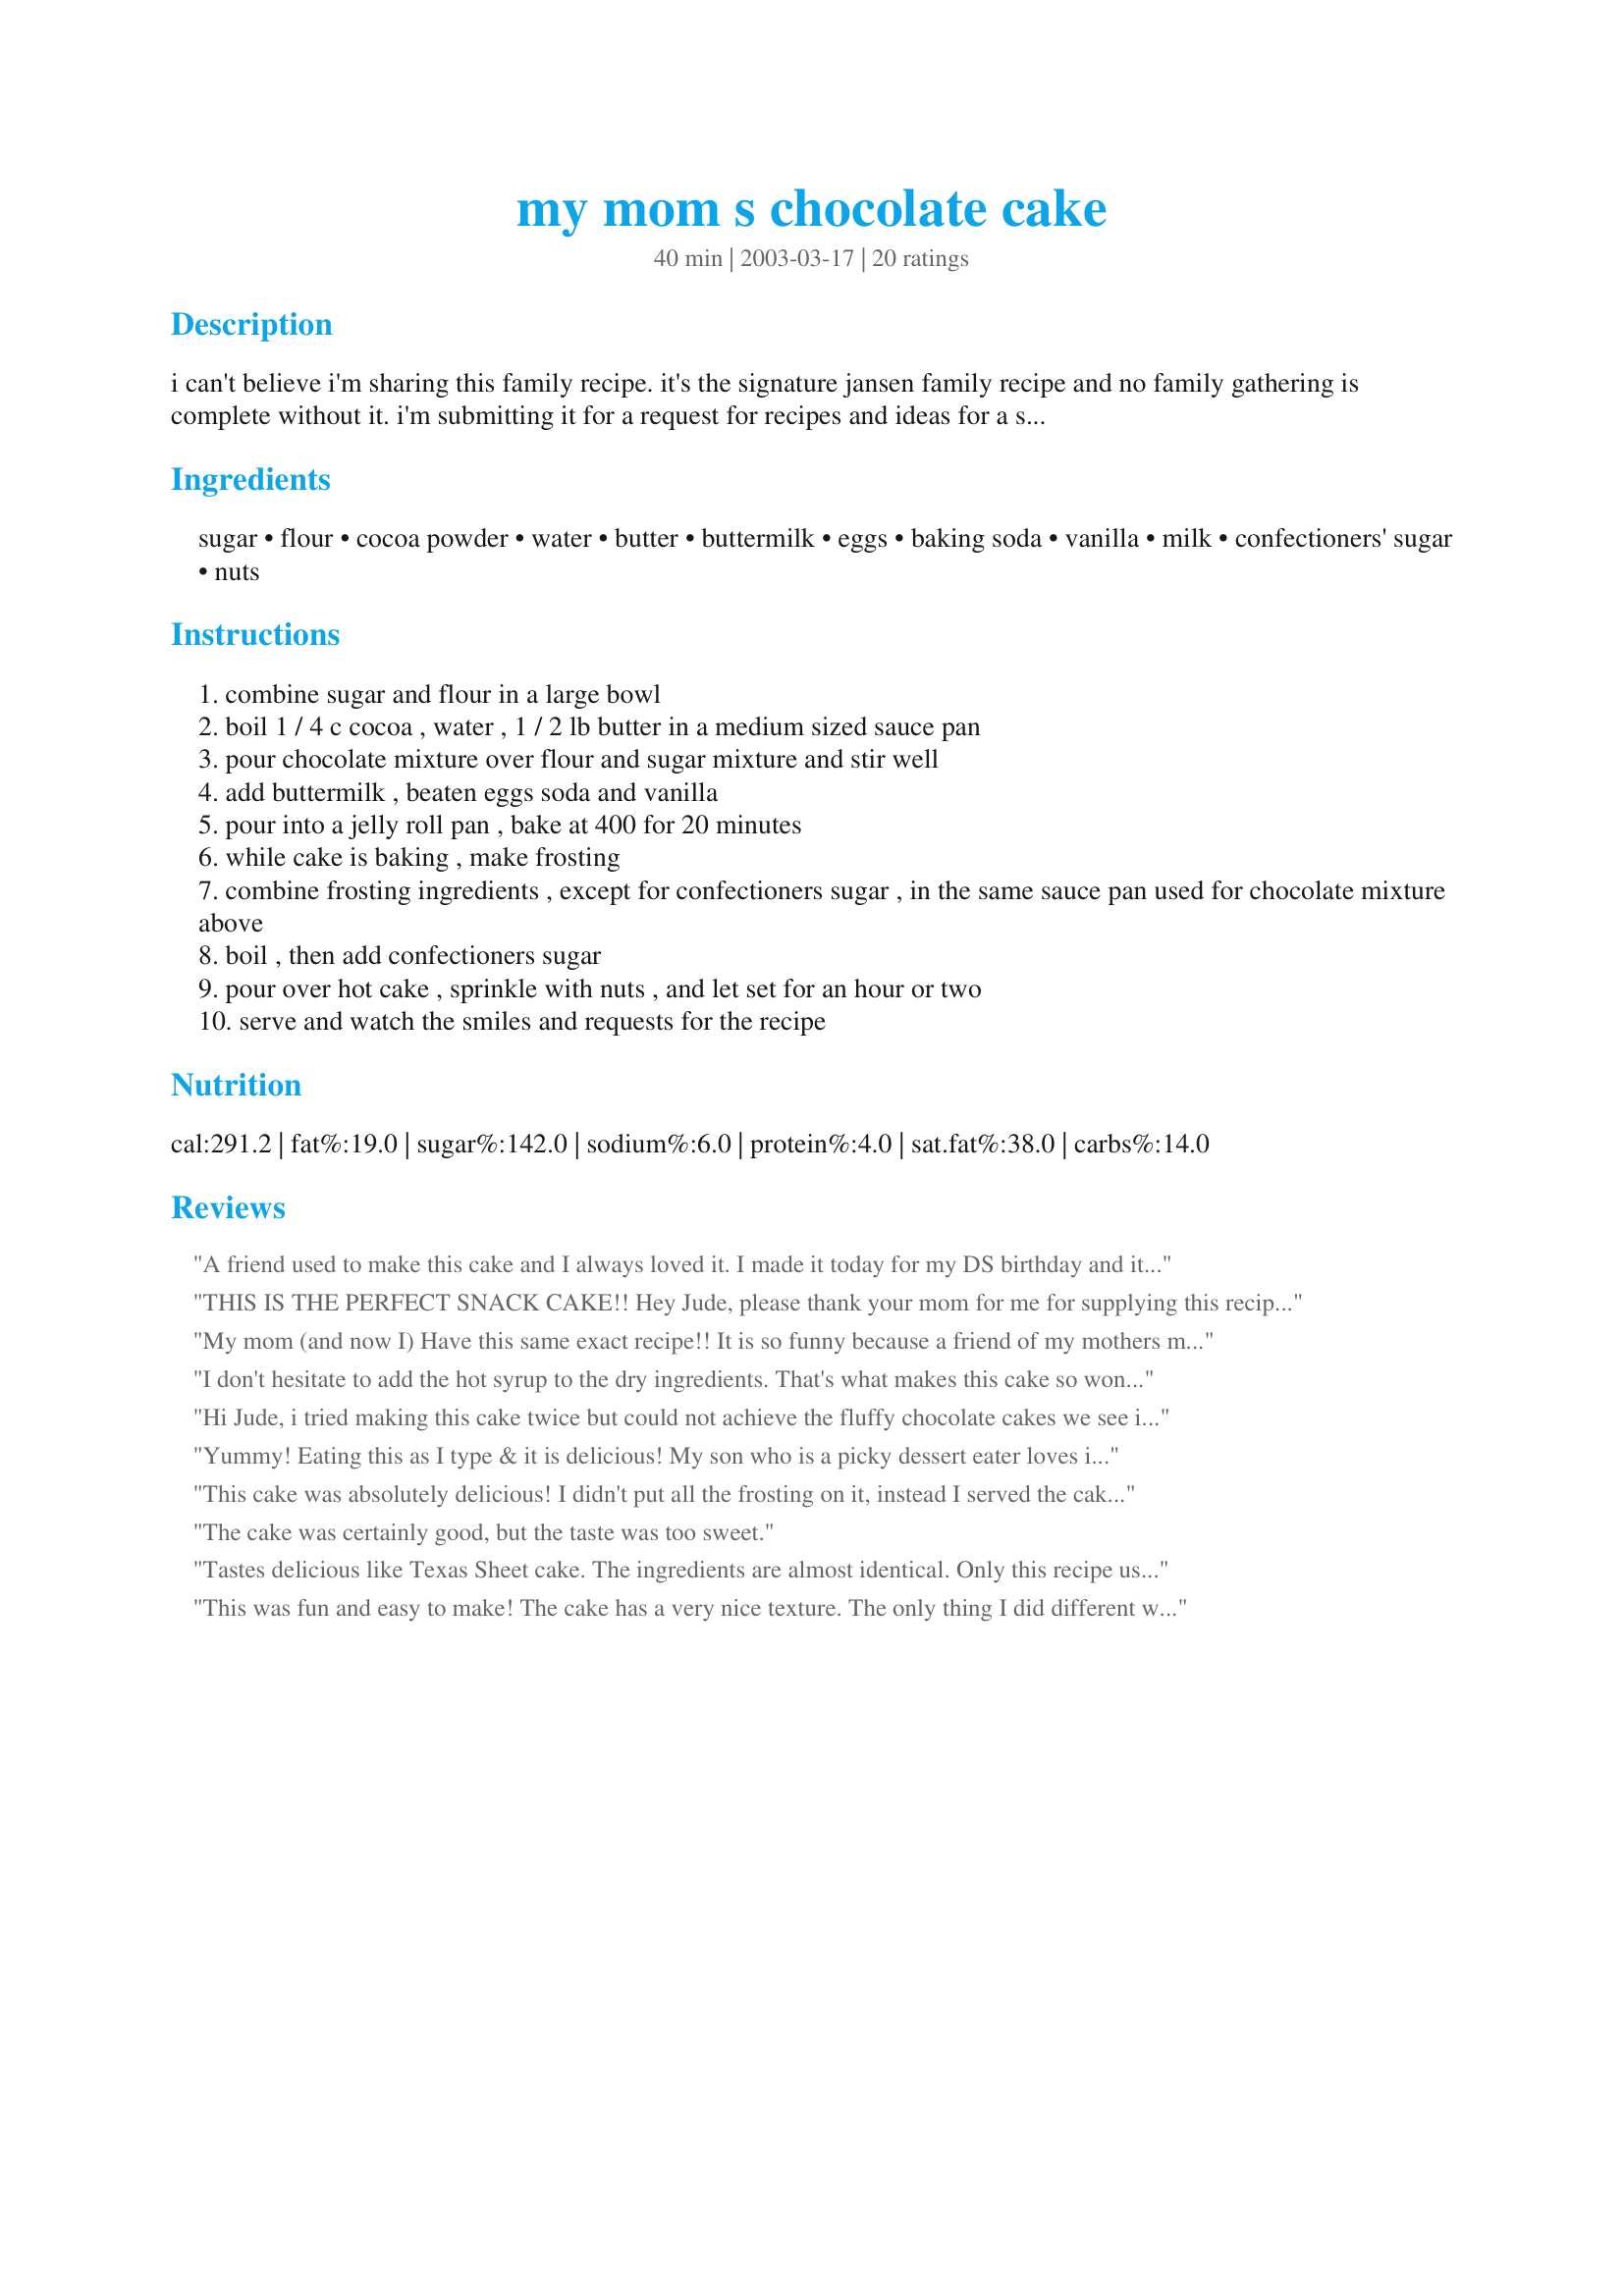
my mom s chocolate cake
Preparation time: 40 minutes

i can't believe i'm sharing this family recipe. it's the signature jansen family recipe and no family gathering is complete without it. i'm submitting it for a request for recipes and ideas for a sleep-over/birthday party event. it's from my mom, it's old, i have no idea where it came from. no need to drag out the mix-master for this, just a bowl and a pot is all you need.

Ingredients:
sugar, flour, cocoa powder, water, butter, buttermilk, eggs, baking soda, vanilla, milk, confectioners' sugar, nuts

Steps:
combine sugar and flour in a large bowl
boil 1 / 4 c cocoa , water , 1 / 2 lb butter in a medium sized sauce pan
pour chocolate mixture over flour and sugar mixture and stir well
add buttermilk , beaten eggs soda and vanilla
pour into a jelly roll pan , bake at 400 for 20 minutes
while cake is baking , make frosting
combine frosting ingredients , except for confectioners sugar , in the same sauce pan used for chocolate mixture above
boil , then add confectioners sugar
pour over hot cake , sprinkle with nuts , and let set for an hour or two
serve and watch the smiles and requests for the recipe

Reviews:
A friend used to make this cake and I always loved it. I made it today for my DS birthday and it's as good as I remembered!
THIS IS THE PERFECT SNACK CAKE!! Hey Jude, please thank your mom for me for supplying this recipe to you to share! My husband usually cuts his cake in half and only eats the upper half to maximize the frosting to cake ratio. He didn't have to alter this cake. The cake was the perfect size and the frosting was perfect! Very easy to follow instructions for a wonderful snack cake! Thanks again, Hey Jude. I will be making this cake often in the future!
My mom (and now I) Have this same exact recipe!! It is so funny because a friend of my mothers made it and gave it to my mom. Mom asked if she could have the recipe and the lady changed it so it wouldn't taste the same! Little did she know mom would figure it out somehow! It is the perfect chocolate cake and I've never met anyone who doesn't like it. Thanks for posting and sharing!!!!
I don't hesitate to add the hot syrup to the dry ingredients. That's what makes this cake so wonderful....I can whip it up in about 1/2 hour!
Hi Jude, i tried making this cake twice but could not achieve the fluffy chocolate cakes we see in bakeries-mine felt rubbery.

May i know what flour did you use? Was it plain flour/cake flour/self-raising flour? Really lost here as i am still quite new to baking cakes. Many Thanks!:)

P/S: i have posted a picture of how my cake turned out on both occasions. Hope that you guys could give me some advice!
Yummy! Eating this as I type & it is delicious! My son who is a picky dessert eater loves it! A nice cake to decorate as there is lots of "writing" space. I had to call my neighbor to find out a jelly roll pan is just a cookie sheet with edges, lol! Enjoy!!
This cake was absolutely delicious! I didn't put all the frosting on it, instead I served the cake warm with a dollop of cool whip and then drizzled the frosting over that and it was wonderful. Nice and chocolatey but not overpoweringly rich at all! Would be absolutely wonderful with some vanilla ice cream, kinda reminded me of the applebees cake with the white chocolate center obviously without the white chocolate center but the chocolate and frosting part tasted like that!
The cake was certainly good, but the taste was too sweet.
Tastes delicious like Texas Sheet cake. The ingredients are almost identical. Only this recipe uses buttermilk and the other uses sour cream. Great both ways.
This was fun and easy to make! The cake has a very nice texture. The only thing I did different was to add a teaspoon of vanilla to the frosting.
This is exactly the stuff my aunt used to make when I was a kid. This is the perfect chocolate cake/bar in my opinion...easy, chocolatly, yet not cloying or too sweet. Thanks so much for pointing me towards this!
This was delicious! And so easy to make! My only problem with the recipe was that it didn't specify how long to boil the cocoa mixture. So I just let it boil for about thirty seconds. I made it in a shaped Dora the Explorer pan for my son's birthday, and it was so so good. Got nothing but compliments on it. I topped it with buttercream frosting instead of what was in the recipe though, because we needed to color the icing. The cake itself was gorgeous; our decorating left a little to be desired, but it tasted fantastic. Thanks so much for the great recipe!
Oh, yeah...a definite five star recipe! =)Your mom's method of making a chocolate syrup to add to the batter is a new one for me. (I cooled this syrup a bit before adding to flour. Thought it might make the cake dry if it was too hot. How do you do it?) I am sooo happy you shared this family treasure. It certainly was a great hit at work.
Pretty good. I was hoping for something a little more chocolate-y, but certainly easy to make. It seemed to taste better after sitting a few hours.
Sounds like Texas Sheet Cake
I was looking for a nice easy buttermilk chocolate cake, and this was definitely it. Fast and simple. Delicious and with a wonderful moist texture. The frosting was great too - I sprinkled sliced almonds on the top. Yum. I don't have a jelly roll pan, so I used a 9x12 pyrex pan, and cooked for about a half hour on 375. Thanks for posting!
Easy, tasty, fudgy, chocolatey... What more could one want? Thanks for sharing.
Oh my goodness, Jude...this is the exact cake my mom used to bake for special occasions! It's also the very first thing I learned to bake when I was just a little girl(pre-teen). Thanks for posting this fabulous recipe.
very very moist and yammy!!!I try not to eat too much at a time because it has too much calories, but I couldn't help....just too delicious.
This was really good. It was my first chocolate cake. I will be making this again. It was easy and fun to make.
